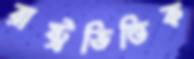
রাষ্ট্রভিত্তিক